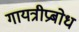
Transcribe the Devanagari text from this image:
गायत्रीप्रबोध